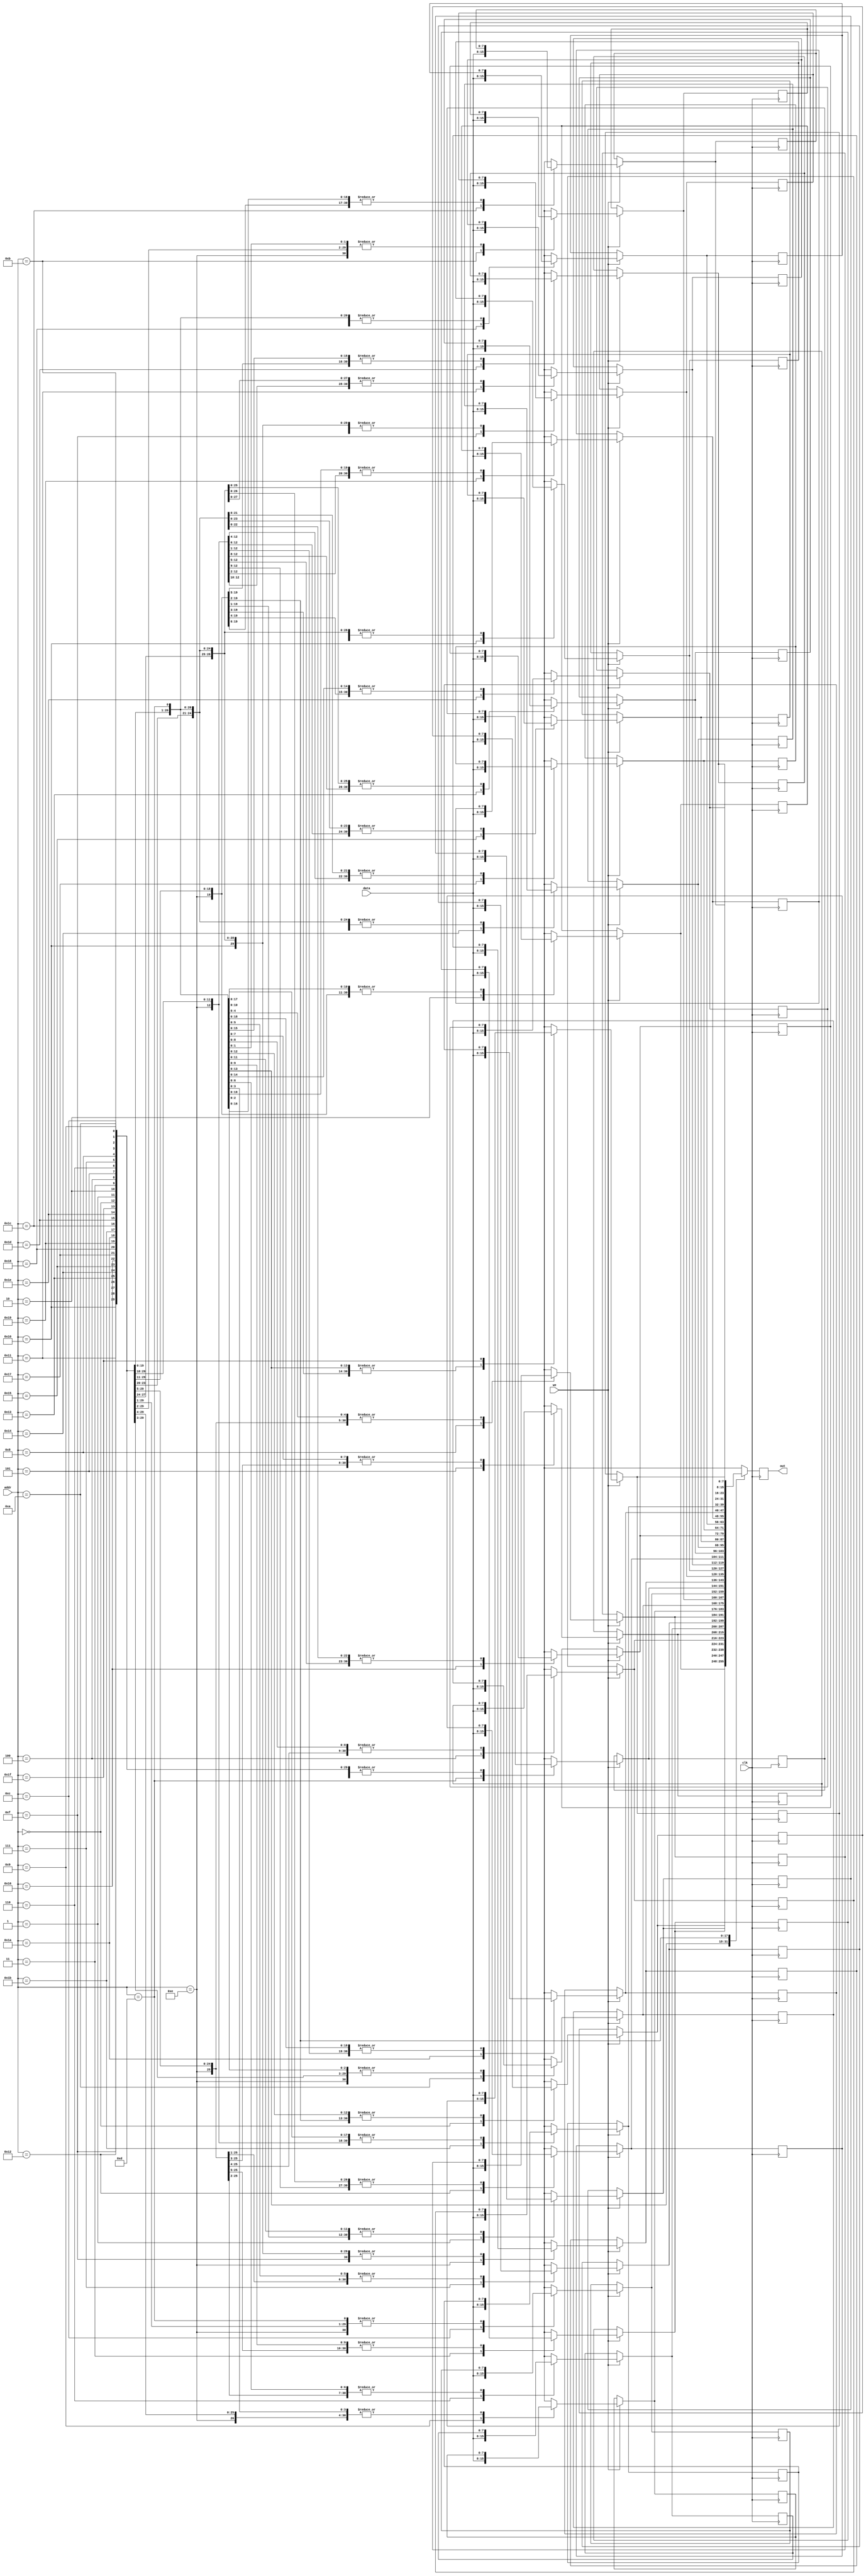


`define MEMORY_CONTROLLER_TAGS 1
`define MEMORY_CONTROLLER_TAG_SIZE 1
`define TAG__str 1'b0
`define MEMORY_CONTROLLER_ADDR_SIZE 32
`define MEMORY_CONTROLLER_DATA_SIZE 32

//single_port_ram module
(* keep_hierarchy *)
(* ram_block *)
module single_port_ram #(
    parameter ADDR_WIDTH = 5, 
    parameter DATA_WIDTH = 8 
) (
    input clk,
    input [ADDR_WIDTH-1:0] addr,
    input [DATA_WIDTH-1:0] data,
    input we,
    output reg [DATA_WIDTH-1:0] out
);

    localparam MEM_DEPTH = 2 ** ADDR_WIDTH;
    (* RAM_STYLE="BLOCK" *)
    reg [DATA_WIDTH-1:0] myBlockram [MEM_DEPTH-1:0];

    always@(posedge clk) begin //Port 1
        if(we) begin
            myBlockram[addr] = data;
        end
        out = myBlockram[addr]; //New data read-during write behaviour (blocking assignments)
    end

endmodule // single_port_ram


module memory_controller
(
	clk,
	memory_controller_address,
	memory_controller_write_enable,
	memory_controller_in,
	memory_controller_out
);
input clk;
input [`MEMORY_CONTROLLER_ADDR_SIZE-1:0] memory_controller_address;
input memory_controller_write_enable;
input [`MEMORY_CONTROLLER_DATA_SIZE-1:0] memory_controller_in;
output  [`MEMORY_CONTROLLER_DATA_SIZE-1:0] memory_controller_out;
reg [`MEMORY_CONTROLLER_DATA_SIZE-1:0] memory_controller_out;


reg [4:0] str_address;
reg str_write_enable;
reg [7:0] str_in;
wire [7:0] str_out;

single_port_ram _str (
	.clk( clk ),
	.addr( str_address ),
	.we( str_write_enable ),
	.data( str_in ),
	.out( str_out )
);


wire  tag;

//must use all wires inside module.....
assign tag = |memory_controller_address & |memory_controller_address & | memory_controller_in;
reg [`MEMORY_CONTROLLER_TAG_SIZE-1:0] prevTag;
always @(posedge clk)
	prevTag <= tag;
always @( tag or memory_controller_address or memory_controller_write_enable or memory_controller_in)
begin

case(tag)

	1'b0:
	begin
		str_address = memory_controller_address[5-1+0:0];
		str_write_enable = memory_controller_write_enable;
		str_in[8-1:0] = memory_controller_in[8-1:0];
	end
endcase

case(prevTag)

	1'b0:
		memory_controller_out = str_out;
endcase
end

endmodule 


module memset
	(
		clk,
		reset,
		start,
		finish,
		return_val,
		m,
		c,
		n,
		memory_controller_write_enable,
		memory_controller_address,
		memory_controller_in,
		memory_controller_out
	);

output[`MEMORY_CONTROLLER_ADDR_SIZE-1:0] return_val;
reg [`MEMORY_CONTROLLER_ADDR_SIZE-1:0] return_val;
input clk;
input reset;
input start;

output finish;
reg finish;

input [`MEMORY_CONTROLLER_ADDR_SIZE-1:0] m;
input [31:0] c;
input [31:0] n;

output [`MEMORY_CONTROLLER_ADDR_SIZE-1:0] memory_controller_address;
reg [`MEMORY_CONTROLLER_ADDR_SIZE-1:0] memory_controller_address;

output  memory_controller_write_enable;
reg memory_controller_write_enable;

output [`MEMORY_CONTROLLER_DATA_SIZE-1:0] memory_controller_in;
reg [`MEMORY_CONTROLLER_DATA_SIZE-1:0] memory_controller_in;
 
output [`MEMORY_CONTROLLER_DATA_SIZE-1:0] memory_controller_out;

reg [3:0] cur_state;

/*
parameter Wait = 4'd0;
parameter entry = 4'd1;
parameter entry_1 = 4'd2;
parameter entry_2 = 4'd3;
parameter bb = 4'd4;
parameter bb_1 = 4'd5;
parameter bb1 = 4'd6;
parameter bb1_1 = 4'd7;
parameter bb_nph = 4'd8;
parameter bb2 = 4'd9;
parameter bb2_1 = 4'd10;
parameter bb2_2 = 4'd11;
parameter bb2_3 = 4'd12;
parameter bb2_4 = 4'd13;
parameter bb4 = 4'd14;
*/

memory_controller memtroll (clk,memory_controller_address, memory_controller_write_enable, memory_controller_in,  memory_controller_out);


reg [31:0] indvar;
reg  var1;
reg [31:0] tmp;
reg [31:0] tmp8;
reg  var2;
reg [31:0] var0;
reg [`MEMORY_CONTROLLER_ADDR_SIZE-1:0] scevgep;
reg [`MEMORY_CONTROLLER_ADDR_SIZE-1:0] s_07;
reg [31:0] indvar_next;
reg  exitcond;

always @(posedge clk)
if (reset)
	cur_state <= 4'b0000;
else
case(cur_state)
	4'b0000:
	begin
		finish <= 1'b0;
		if (start == 1'b1)
			cur_state <= 4'b0001;
		else
			cur_state <= 4'b0000;
	end
	4'b0001:
	begin

		

		var0 <= n & 32'b00000000000000000000000000000011;

		cur_state <= 4'b0010;
	end
	4'b0010:
	begin

		var1 <= 1'b0;
		var0 <= 32'b00000000000000000000000000000000;

		cur_state <= 4'b0011;
	end
	4'b0011:
	begin

		
		if (|var1) begin
			cur_state <= 4'b0110;
		end
		else 
		begin
		
			cur_state <= 4'b0100;
		end
	end
	4'b0100:
	begin
	
		cur_state <= 4'b0101;
	end
	4'b0101:
	begin
		cur_state <= 4'b0110;
	end
	4'b0110:
	begin

		var2 <= | (n [31:4]);

		cur_state <= 4'b0111;
	end
	4'b0111:
	begin
	
		if (|var2) 
		begin
			cur_state <= 4'b1110;
		end
		else
		begin
			cur_state <= 4'b1000;
		end
	end
	4'b1000:
	begin
                 
		tmp <= n ;

		indvar <= 32'b00000000000000000000000000000000;   
		cur_state <= 4'b1001;
	end
	4'b1001:
	begin

		cur_state <= 4'b1010;
	end
	4'b1010:
	begin
	tmp8 <= indvar;
		indvar_next <= indvar;
		cur_state <= 4'b1011;
	end
	4'b1011:
	begin

		scevgep <= (m & tmp8);

		exitcond <= (indvar_next == tmp);

		cur_state <= 4'b1100;
	end
	4'b1100:
	begin

		s_07 <= scevgep;

		cur_state <= 4'b1101;
	end
	4'b1101:
	
	begin


		if (exitcond)
		begin
				cur_state <= 4'b1110;
		end
			else 
		begin
				indvar <= indvar_next;   
				cur_state <= 4'b1001;
		end
	end
	
	
	4'b1110:
	begin

		return_val <= m;
		finish <= 1'b1;
		cur_state <= 4'b0000;
	end
endcase

always @(cur_state)
begin

	case(cur_state)
	4'b1101:
	begin
		memory_controller_address = s_07;
		memory_controller_write_enable = 1'b1;
		memory_controller_in = c;
	end
	endcase
end

endmodule